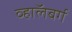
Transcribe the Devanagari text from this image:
व्हाॅलबर्ग